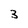
Character: 3